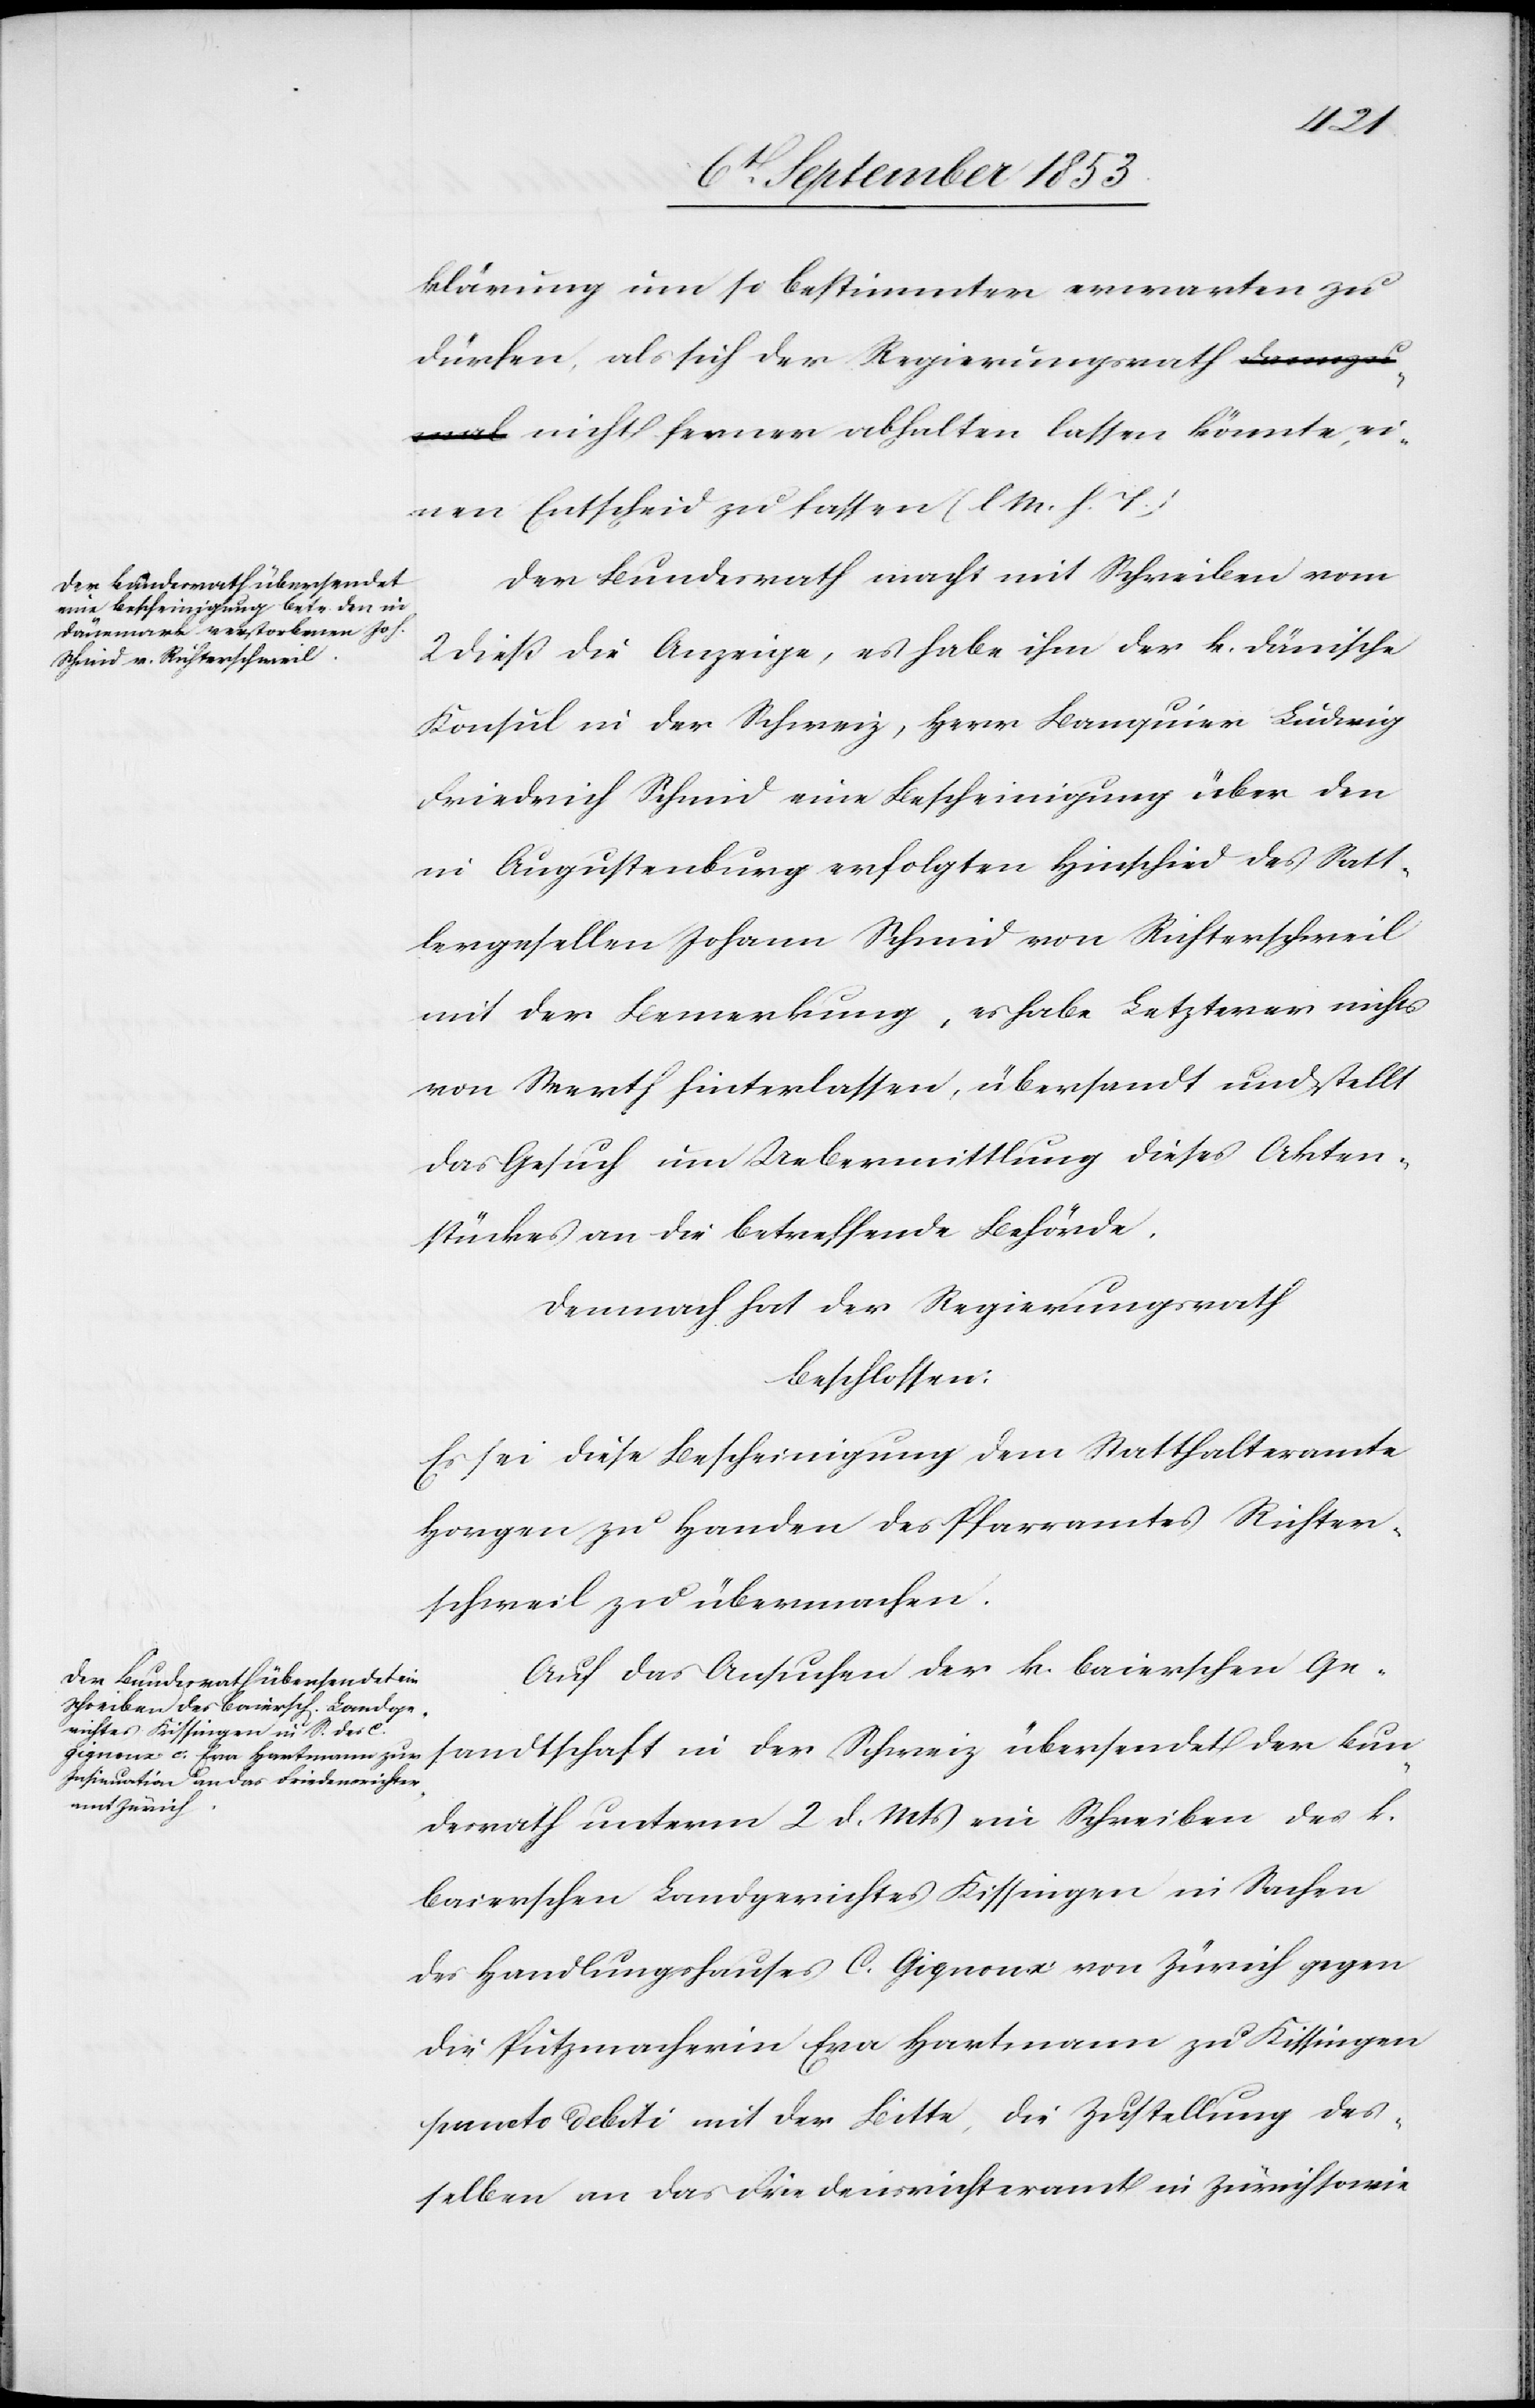
Bun¬
klärung um so bestimmter erwarten zu
dürfen, als sich der Regierungsrath nicht fer¬
einen Entscheid zu fassen [l. M. h. T]
Der Bundesrath macht mit Schreiben vom
2 dieß die Anzeige, es habe ihm der k. dänische
Konsul in der Schweiz, Herr Banquier Ludwig
Friedrich Schmid eine Bescheinigung über den
in Augustenburg erfolgten Hinschied des Satt¬
lergesellen Johann Schmid von Richterschweil
mit der Bemerkung, es habe Letzterer nichts
von Werth hinterlassen, übersandt und stellt
das Gesuch um Uebermittlung dieses Akten¬
stückes an die betreffende Behörde,
Demnach hat der Regierungsrath,
beschlossen:
Es sei diese Bescheinigung dem Statthalteramte
Horgen zu Handen des Pfarramtes Richter¬
schweil zu übermachen.
Auf das Ansuchen der k. baierschen Ge¬
desrath unterm 2 d. Mts. ein Schreiben des k.
baierschen Landgerichtes Kissingen in Sachen
des Handlungshauses C. Gignoux von Zürich gegen
die Putzmacherin Eva Hartmann zu Kissingen
puncto deliti mit der Bitte, die Zustellung des¬
selben an das Friedensrichteramt in Zürich sowie